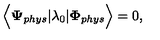
{ \bf \Big < } { \bf \Psi } _ { p h y s } | \lambda _ { 0 } | { \bf \Phi } _ { p h y s } { \bf \Big > } = 0 ,